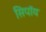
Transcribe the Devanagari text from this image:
सिपॉय